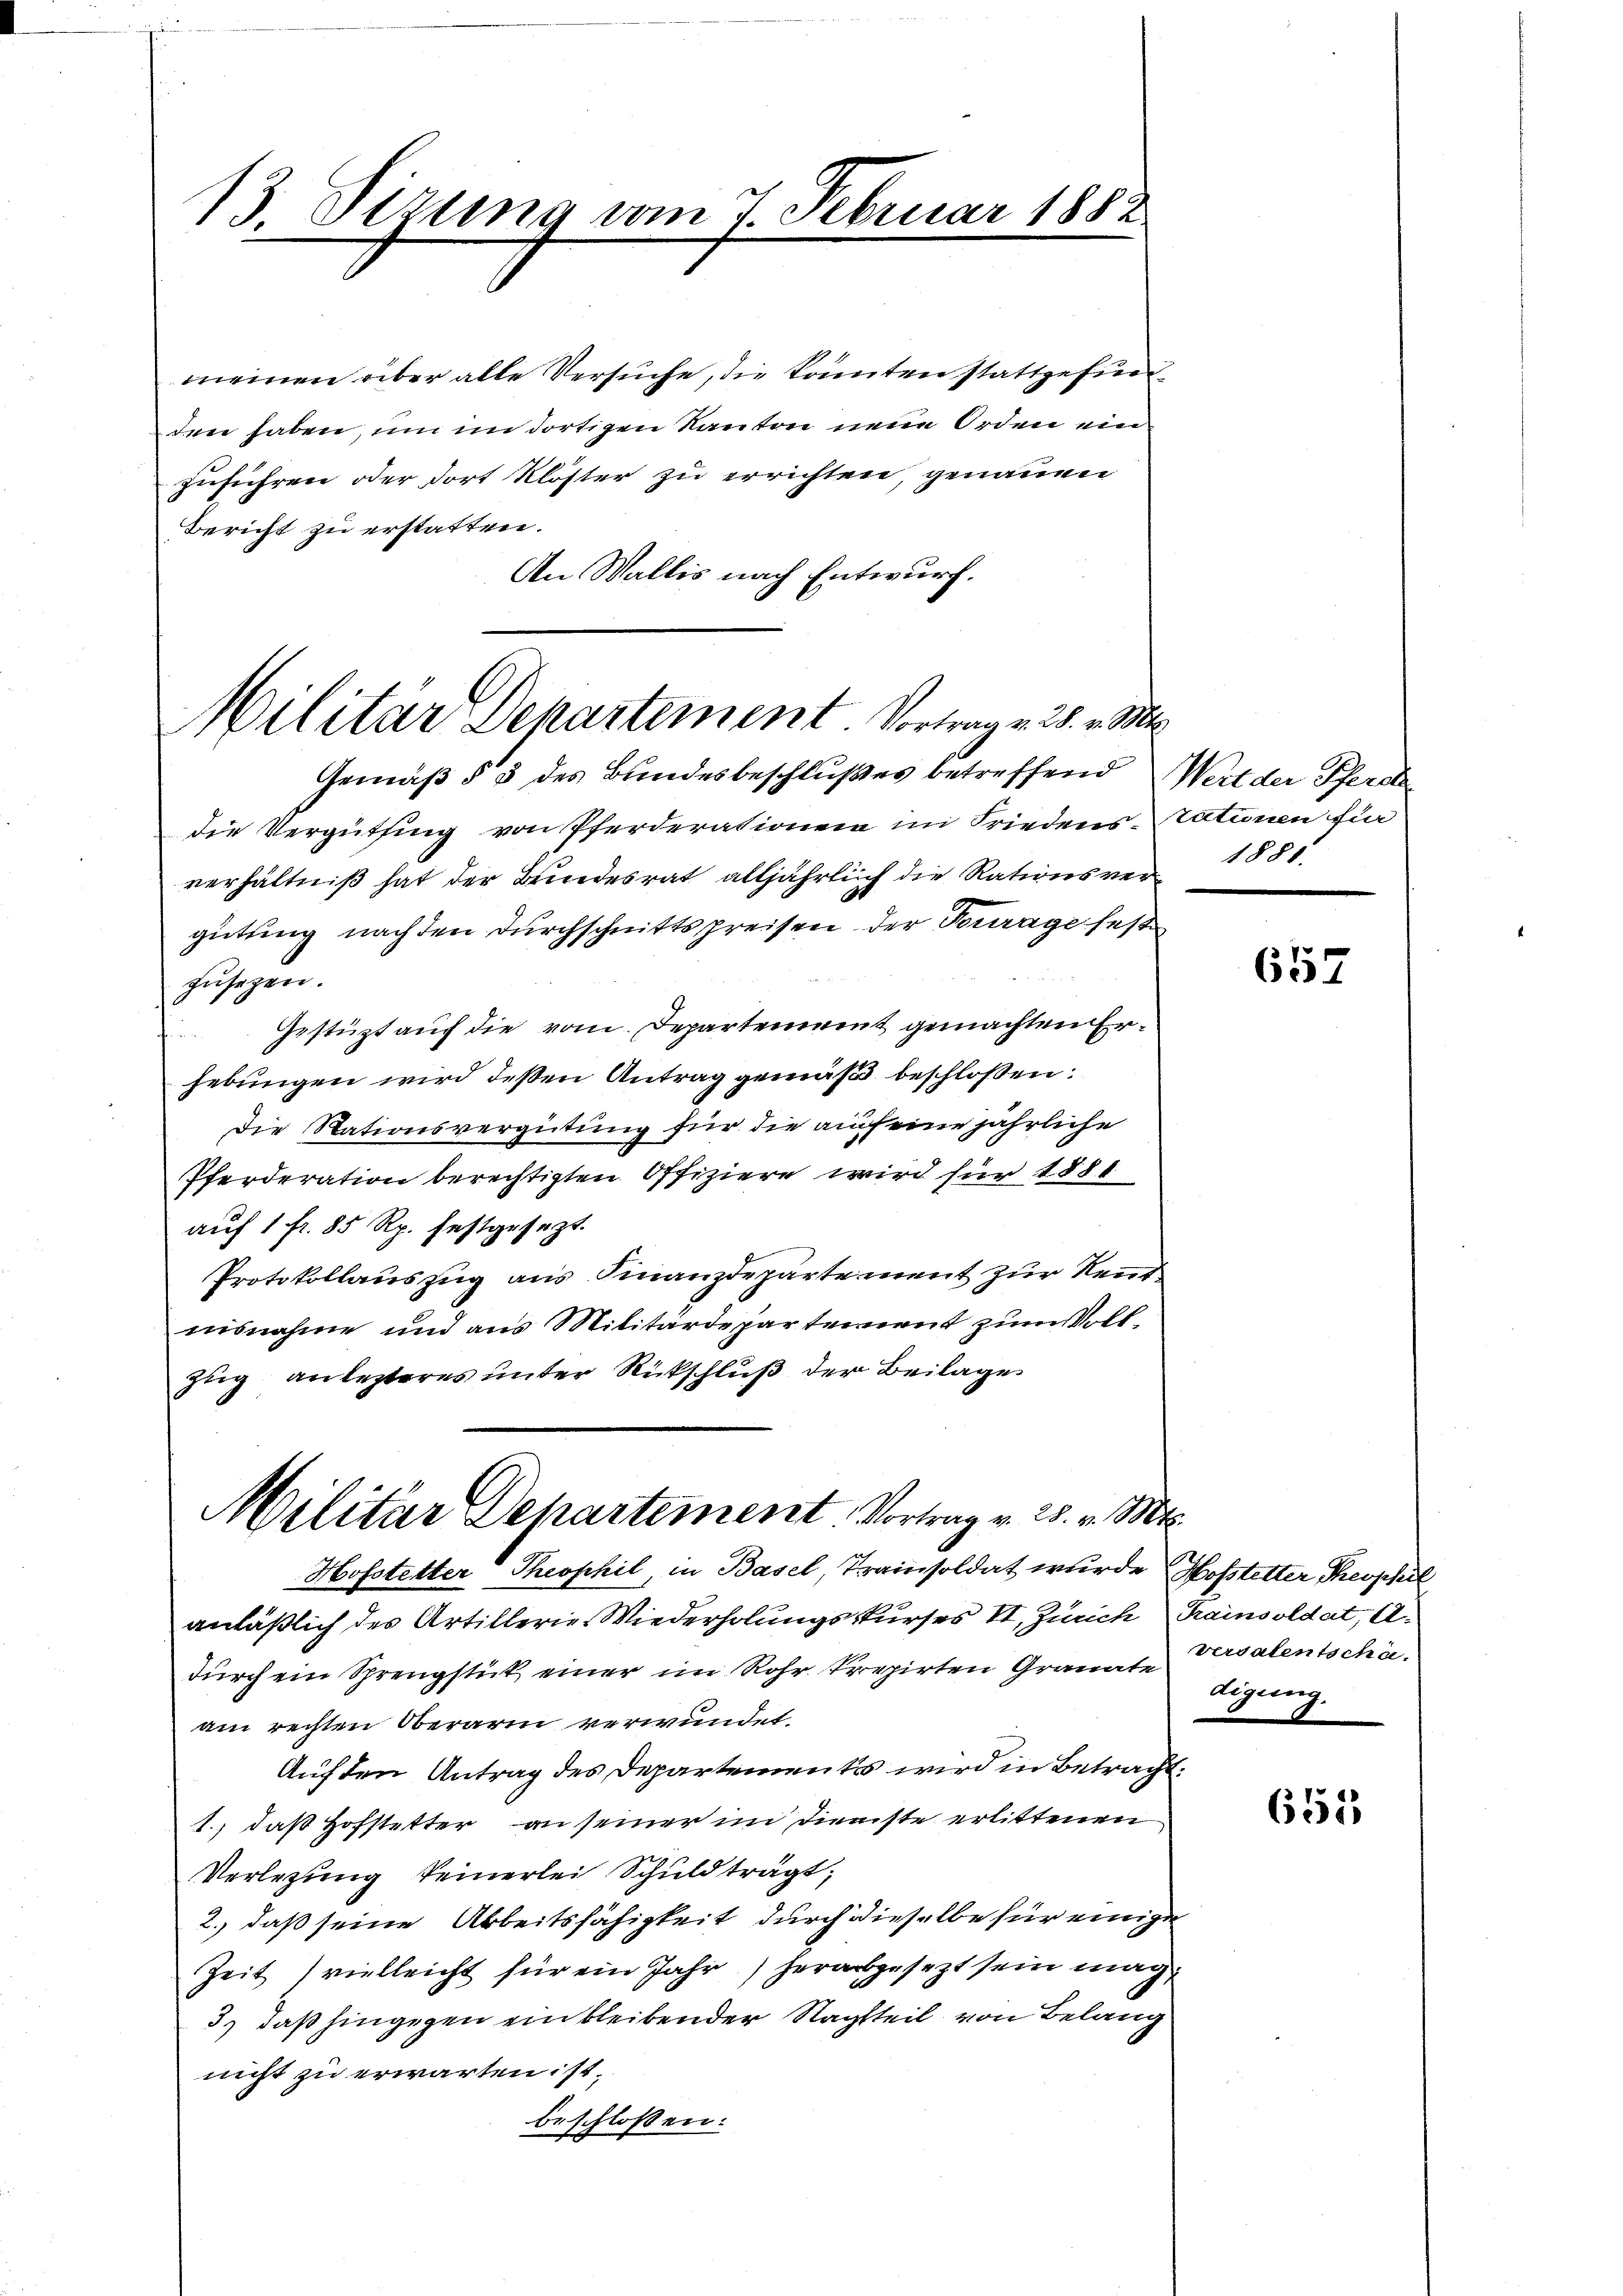
13. Dizung vom 7. Februar 1882

meinen über alte Versuche, die konten stattgefundden haben, um im dortigen Kanton neue Orden ein
zuführen oder dort Klöster zu errichten, genauen
Bericht zu erstatten.
An Wallis nach Entwurf.

Militar Departement Vortrag v. 28. v. 3.

Gemäß § 3 des Bundesbeschlußes betreffend Wert der Pferde
die Vergüthung von Pferderationen im Friedenstationen fi
verhältniß hat der Bundesrat alljährlich die Rationsver 185
gütung nach den durchschnittspreisen der Fourage fest
zŭsezen.
Gestüzt auf die vom Departement gemachten Erhebungen wird deßen Antrag gemäß beschlossen:
Die Stationsvergütung für die auf eine jährliche
Pferderation berechtigten Offiziere wird für 1884
auf 1 fr. 85 Rp. festgesezt.
Protokollauszug aus Finanzdepartement zur Neut
nisnahme und aus Militärdeparternent zum Vollzug an lezteres unter Rückschluß der Beilage

Militar Departement Vortrag v. 28. v. Mts.

h

Hofstetter Theophil, in Basel Trainsoldat wurde Hofstelter Theophil
anläßlich des Artillerie Wiederholungskurses II, Zürich Rainsoldat, A
durch ein Sprengstück einer im Rohr krepirten Granate Versalentschäam rechten Oberarm verwundet.
Auf den Antrag des Departements wird in Betracht,
1., daß Hofstetter an seiner im Dienste erlittenen
Verlegung keinerlei Schuld trägt;
2.) daß seine Arbeitsfähigkeit, durch dieselbe für einige
Zeit vielleicht für ein Jahr) herabgesezt sein mag,
3) daß hingegen ein bleibender Nachtteil von Belang
nicht zu erwarten ist.
beschlossen:

652

digung.

653